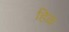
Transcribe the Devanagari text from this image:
हिळ